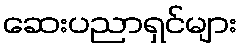
ဆေးပညာရှင်များ